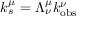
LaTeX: k _ { s } ^ { \mu } = \Lambda _ { \nu } ^ { \mu } k _ { \mathrm { o b s } } ^ { \nu }